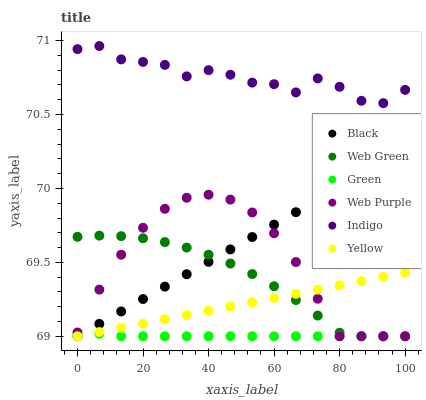
| xaxis_label | Black | Web Green | Green | Web Purple | Indigo | Yellow |
 | --- | --- | --- | --- | --- | --- | --- |
 | 0 | 69 | 69.7 | 69 | 69 | 70.9 | 69 |
 | 6.67 | 69.1 | 69.7 | 69 | 69.3 | 71 | 69 |
 | 13.3 | 69.2 | 69.7 | 69 | 69.6 | 70.9 | 69.1 |
 | 20 | 69.3 | 69.7 | 69 | 69.7 | 70.9 | 69.1 |
 | 26.7 | 69.3 | 69.6 | 69 | 69.9 | 70.8 | 69.1 |
 | 33.3 | 69.4 | 69.6 | 69 | 69.9 | 70.8 | 69.1 |
 | 40 | 69.5 | 69.6 | 69 | 70 | 70.8 | 69.2 |
 | 46.7 | 69.6 | 69.5 | 69 | 69.9 | 70.8 | 69.2 |
 | 53.3 | 69.7 | 69.4 | 69 | 69.8 | 70.7 | 69.2 |
 | 60 | 69.8 | 69.3 | 69 | 69.7 | 70.7 | 69.3 |
 | 66.7 | 69.8 | 69.2 | 69 | 69.5 | 70.6 | 69.3 |
 | 73.3 | 69.9 | 69.1 | 69 | 69.3 | 70.7 | 69.3 |
 | 80 | 70 | 69 | 69 | 69 | 70.7 | 69.3 |
 | 86.7 | 70.1 | 69 | 69 | 69 | 70.6 | 69.4 |
 | 93.3 | 70.2 | 69 | 69 | 69 | 70.6 | 69.4 |
 | 100 | 70.3 | 69 | 69 | 69 | 70.7 | 69.4 |